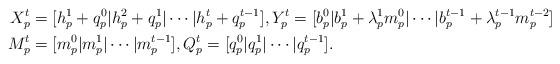
LaTeX: \begin{align*}X_p^t &= [ h_p^1 + q_p^0 | h_p^2 + q_p^1 |\cdots| h_p^t + q_p^{t-1} ],Y_p^t = [ b_p^0 | b_p^1 + \lambda_p^1 m_p^{0} | \cdots | b_p^{t-1} + \lambda_p^{t-1} m_p^{t-2}]\\M_p^t &=[ m_p^0 | m_p^1 | \cdots |m_p^{t-1}],Q_p^t=[ q_p^0 | q_p^1 | \cdots| q_p^{t-1}].\end{align*}